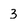
Character: 3